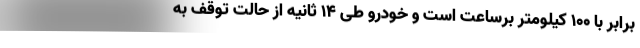
برابر با 100 کیلومتر برساعت است و خودرو طی 14 ثانیه از حالت توقف به